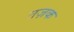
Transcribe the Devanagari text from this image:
तज़क